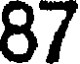
87